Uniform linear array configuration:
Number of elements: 32
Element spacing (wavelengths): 1
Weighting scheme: binomial
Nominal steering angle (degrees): -45
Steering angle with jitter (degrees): -44.457
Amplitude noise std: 0.05
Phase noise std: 0.05

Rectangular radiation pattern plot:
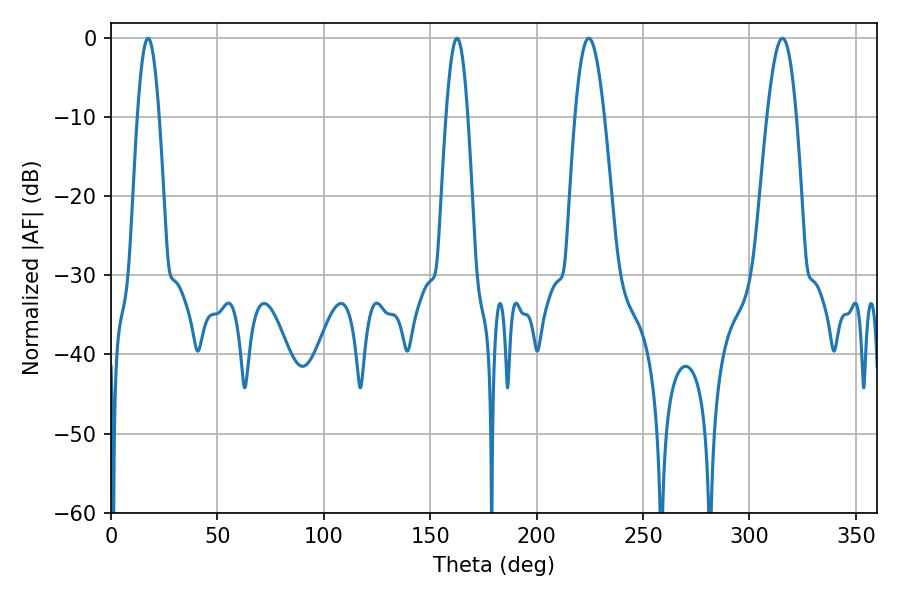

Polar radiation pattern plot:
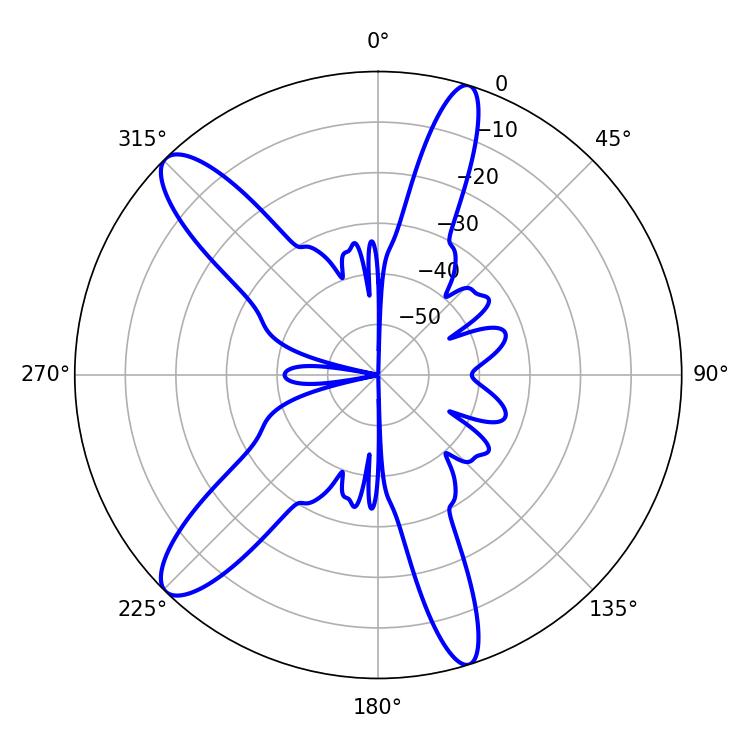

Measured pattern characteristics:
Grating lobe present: TRUE
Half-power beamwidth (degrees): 7.56
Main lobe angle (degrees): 224.46